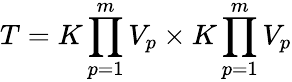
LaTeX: T=K\prod_{p=1}^{m}V_{p}\times K\prod_{p=1}^{m}V_{p}